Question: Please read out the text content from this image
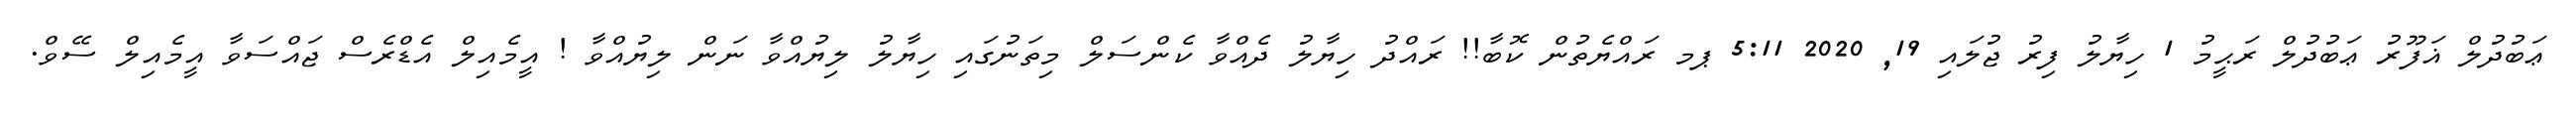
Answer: ޢަބުދުލް ޣަފޫރު ޢަބުދުލް ރަޙީމު 1 ހިޔާލު ފިރު ޖުލައި 19, 2020 5:11 ޕމ ރައްޔެތުން ކޮބާ!! ރައްދު ހިޔާލު ދެއްވާ ކެންސަލް މިތަނުގައި ހިޔާލު ލިޔުއްވާ ނަން ލިޔުއްވާ ! އީމެއިލް އެޑްރެސް ޖައްސަވާ އީމެއިލް ސޭވް.